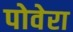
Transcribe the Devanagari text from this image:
पोवेरा